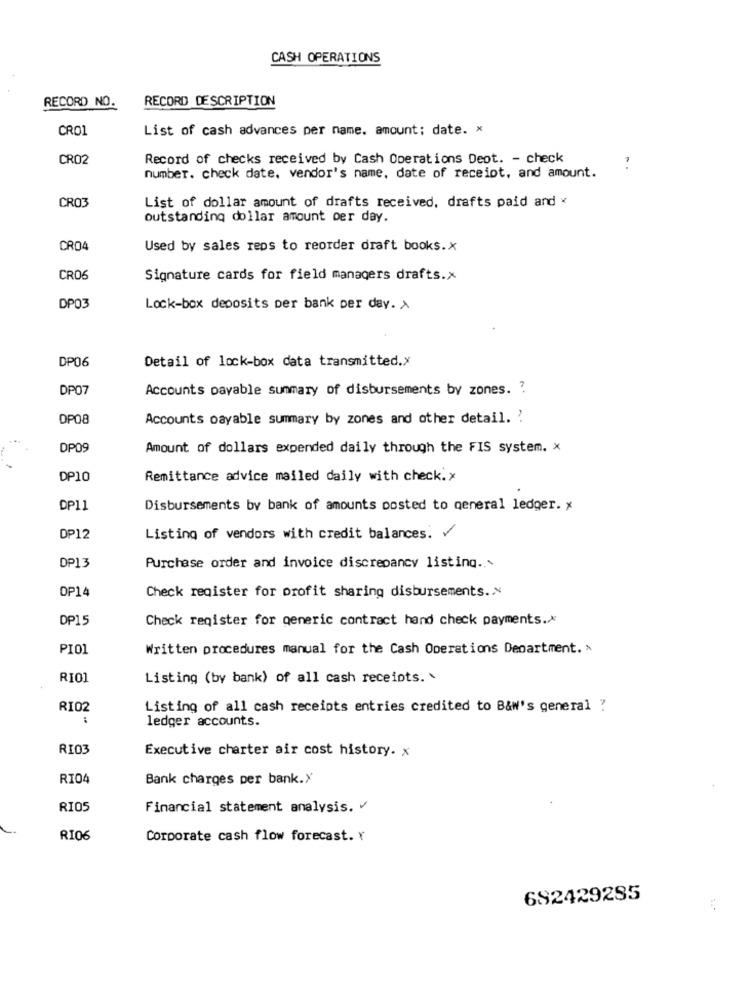
CASH OPERATIONS
RECORD DESCRIPTION
RECORD NO.
CRO1
List of cash advances per name. amount; date. x
CRO2
Record of checks received by Cash Operations Deot. - check
number. check date, vendor's name, date of receipt, and amount.
CRO3
List of dollar amount of drafts received, drafts paid and *
outstanding dollar amount per day.
CR04
Used by sales reps to reorder draft books.x
CRO6
Signature cards for field managers drafts.x
DP03
Lock-box deposits per bank per day. X
DP06
Detail of lock-box data transmitted.x
DP07
Accounts payable summary of disbursements by zones. ?
DP08
Accounts payable summary by zones and other detail. .
DP09
Amount of dollars expended daily through the FIS system. x
DP10
Remittance advice mailed daily with check.x
DP11
Disbursements by bank of amounts posted to general ledger. x
DP12
Listing of vendors with credit balances. V
DP13
Purchase order and invoice discrepancy listing ..
OP14
Check register for profit sharing disbursements. x
DP15
Check register for generic contract hand check payments .*
PI01
Written procedures manual for the Cash Operations Department. >
RI01
Listing (by bank) of all cash receipts. .
RI02
Listing of all cash receipts entries credited to B&W's general ?
ledger accounts.
RI03
Executive charter air cost history. x
RIO4
Bank charges per bank.X
RIO5
Financial statement analysis.
RI06
Corporate cash flow forecast. x
692429285